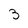
Character: 3